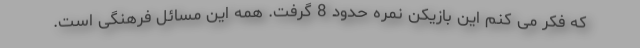
که فکر می کنم این بازیکن نمره حدود 8 گرفت. همه این مسائل فرهنگی است.